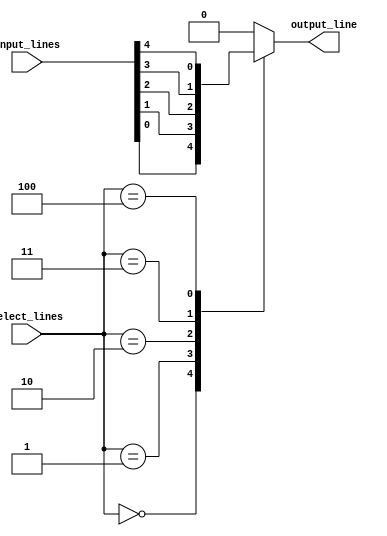
module multiplexer_64to1 (
    input [63:0] input_lines,
    input [5:0] select_lines,
    output reg output_line
);

always @(*) begin
    case (select_lines)
        6'b000000: output_line = input_lines[0];
        6'b000001: output_line = input_lines[1];
        6'b000010: output_line = input_lines[2];
        6'b000011: output_line = input_lines[3];
        6'b000100: output_line = input_lines[4];
        // add more cases for remaining input lines
        default: output_line = 1'b0;  // default output value when none of the select lines match
    endcase
end

endmodule